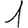
Digit: 1